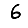
Digit: 6